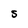
Character: S